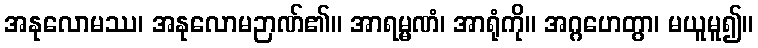
အနုလောမဿ၊ အနုလောမဉာဏ်၏။ အာရမ္မဏံ၊ အာရုံကို။ အဂ္ဂဟေတွာ၊ မယူမူ၍။